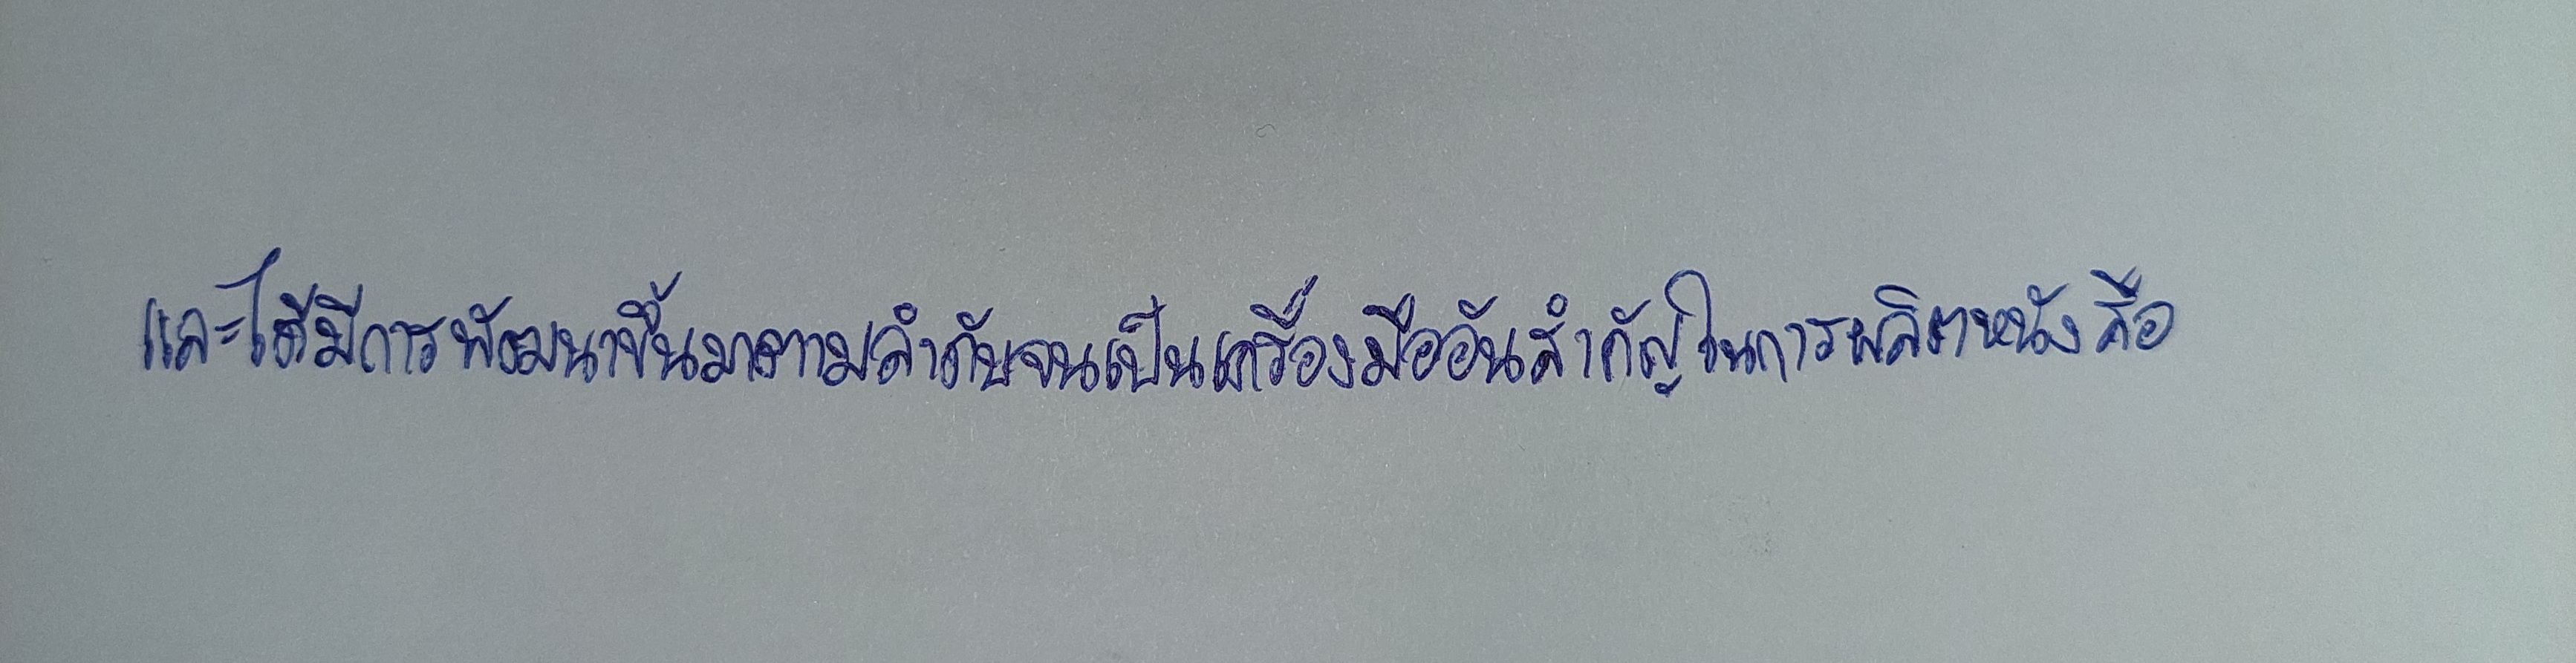
และได้มีการพัฒนาขึ้นมาตามลำดับจนเป็นเครื่องมืออันสำคัญในการผลิตหนังสือ